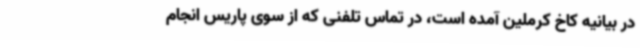
در بیانیه کاخ کرملین آمده است، در تماس تلفنی که از سوی پاریس انجام